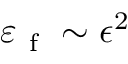
\varepsilon _ { \mathrm { ~ f ~ } } \sim \epsilon ^ { 2 }